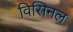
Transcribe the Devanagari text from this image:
विसिनल